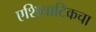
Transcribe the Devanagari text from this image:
एशियाटिकचा